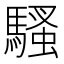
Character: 騷